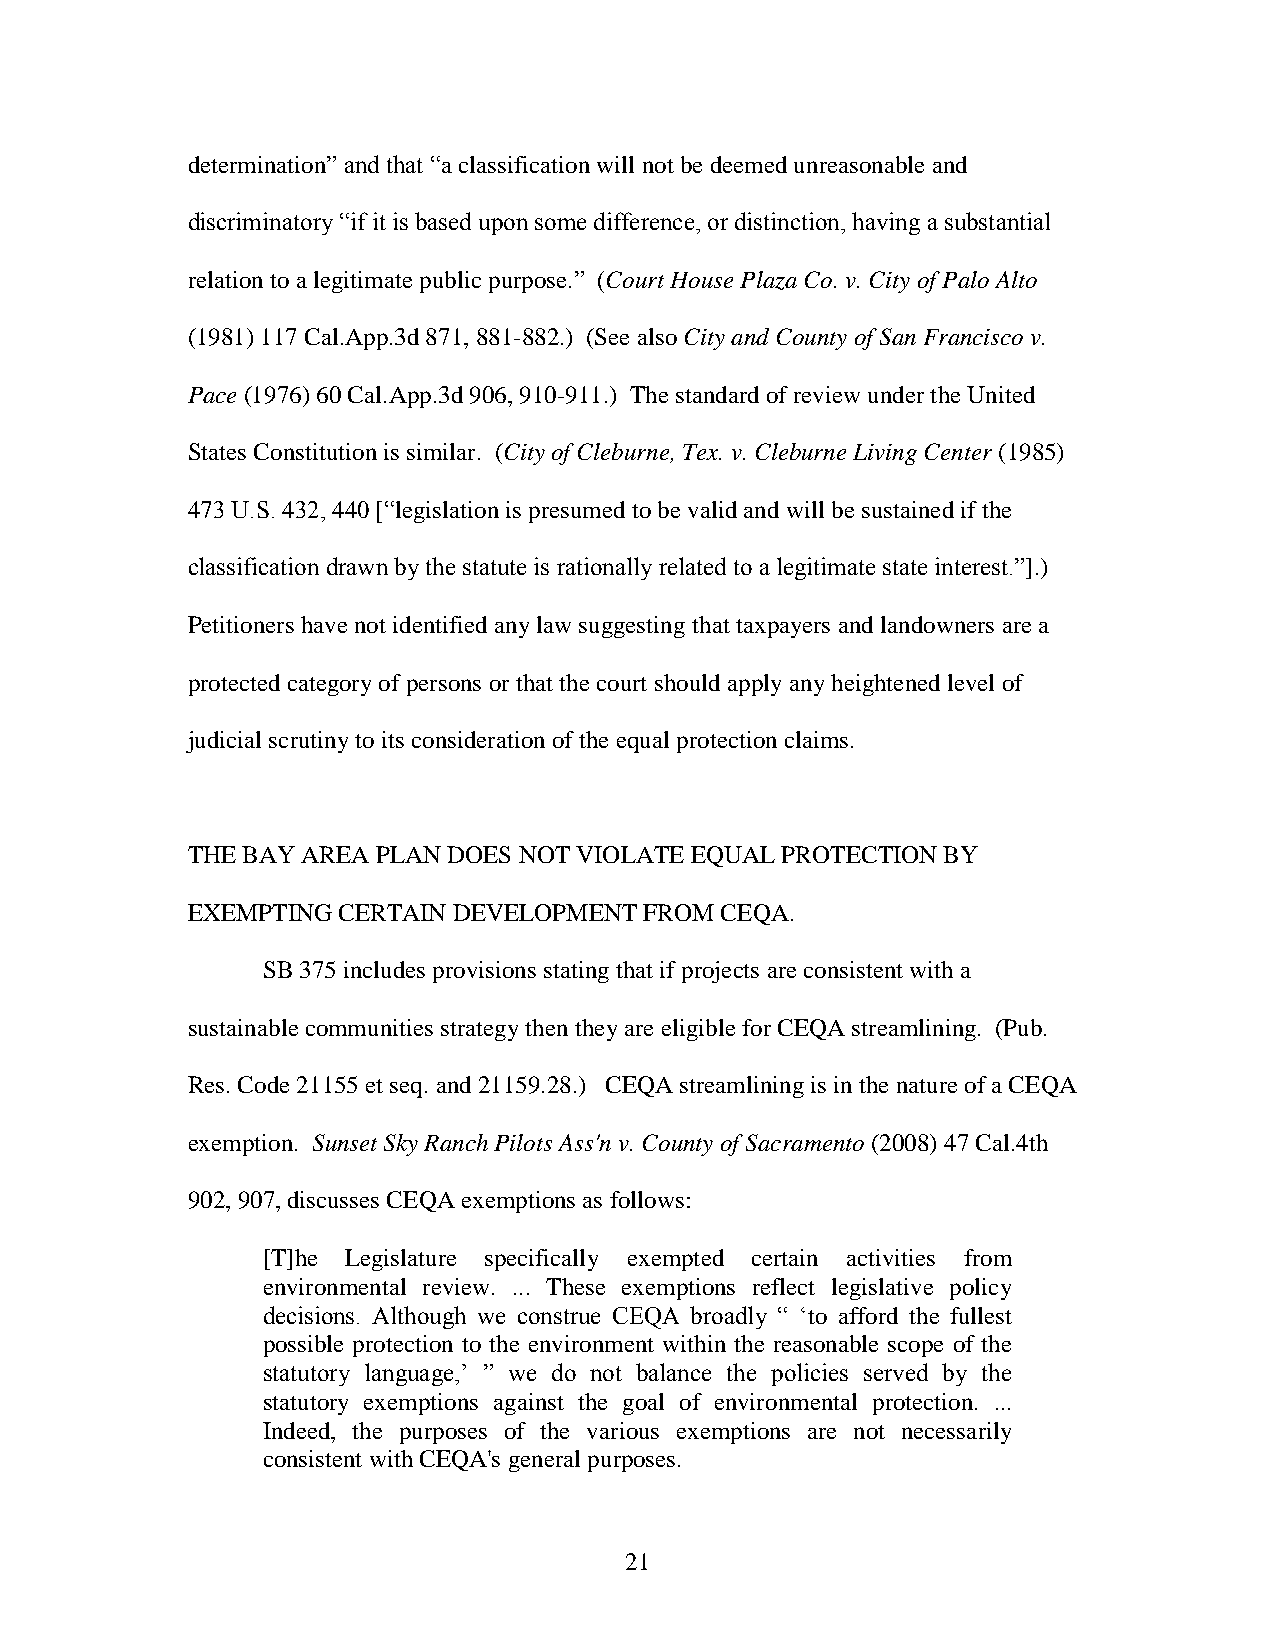
determination” and that “a classification will not be deemed unreasonable and
 discriminatory “if it is based upon some difference, or distinction, having a substantial
 relation to a legitimate public purpose.” (Court House Plaza Co. v. City of Palo Alto
 (1981) 117 Cal.App.3d 871, 881-882.) (See also City and County of San Francisco v.
 Pace (1976) 60 Cal.App.3d 906, 910-911.) The standard of review under the United
 States Constitution is similar. (City of Cleburne, Tex. v. Cleburne Living Center (1985)
 473 U.S. 432, 440 [“legislation is presumed to be valid and will be sustained if the
 classification drawn by the statute is rationally related to a legitimate state interest.”].)
 Petitioners have not identified any law suggesting that taxpayers and landowners are a
 protected category of persons or that the court should apply any heightened level of
 judicial scrutiny to its consideration of the equal protection claims.
 THE BAY AREA PLAN DOES NOT VIOLATE EQUAL PROTECTION BY
 EXEMPTING CERTAIN DEVELOPMENT  FROM CEQA.
 SB 375 includes provisions stating that if projects are consistent with a
 sustainable communities strategy then they are eligible for CEQA streamlining. (Pub.
 Res. Code 21155 et seq. and 21159.28.) CEQA streamlining is in the nature of a CEQA
 exemption. Sunset Sky Ranch Pilots Ass'n v. County of Sacramento (2008) 47 Cal.4th
 902, 907, discusses CEQA exemptions as follows:
 [T]he Legislature specifically exempted certain activities from
 environmental review. ... These exemptions reflect legislative policy
 decisions. Although we construe CEQA broadly “ ‘to afford the fullest
 possible protection to the environment within the reasonable scope of the
 statutory language,’ ” we do not balance the policies served by the
 statutory exemptions against the goal of environmental protection. ...
 Indeed, the purposes of the various exemptions are not necessarily
 consistent with CEQA's general purposes.
 21